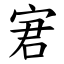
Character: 宭